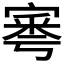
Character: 𡩭